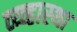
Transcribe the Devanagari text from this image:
व्य्व्हास्था